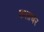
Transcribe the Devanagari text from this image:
कलाचर